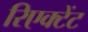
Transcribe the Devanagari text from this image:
रिएक्टेंट